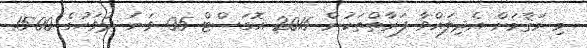
މި މަޤާމަށް އެދިލައްވާ ފަރާތްތަކުން 2015 އޮގަސްޓް 05 ވަނަ ދުވަހުގެ 15:00